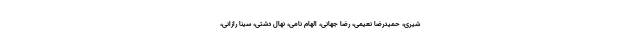
شیری، حمیدرضا نعیمی، رضا جهانی، الهام نامی، نهال دشتی، سینا رازانی،